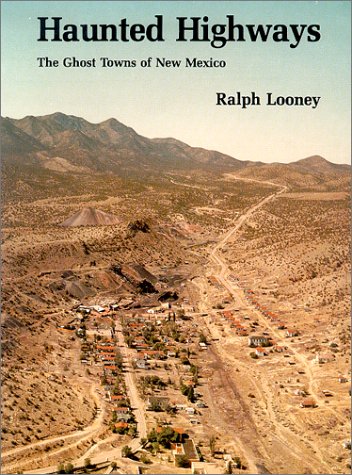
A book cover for Haunted Highways: The Ghost Towns of New Mexico; Ralph Looney; Travel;